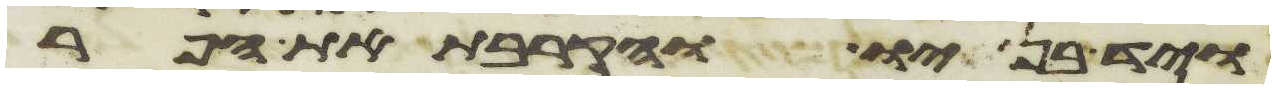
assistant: ויד בניו והקרבת את הפר